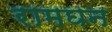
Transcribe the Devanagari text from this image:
रामघन